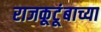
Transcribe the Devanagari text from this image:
राजकूटूंबाच्या